FBI Photo B6
Agency: FBI
Incident date: Late 2025
Incident location: Western United States
Page 1
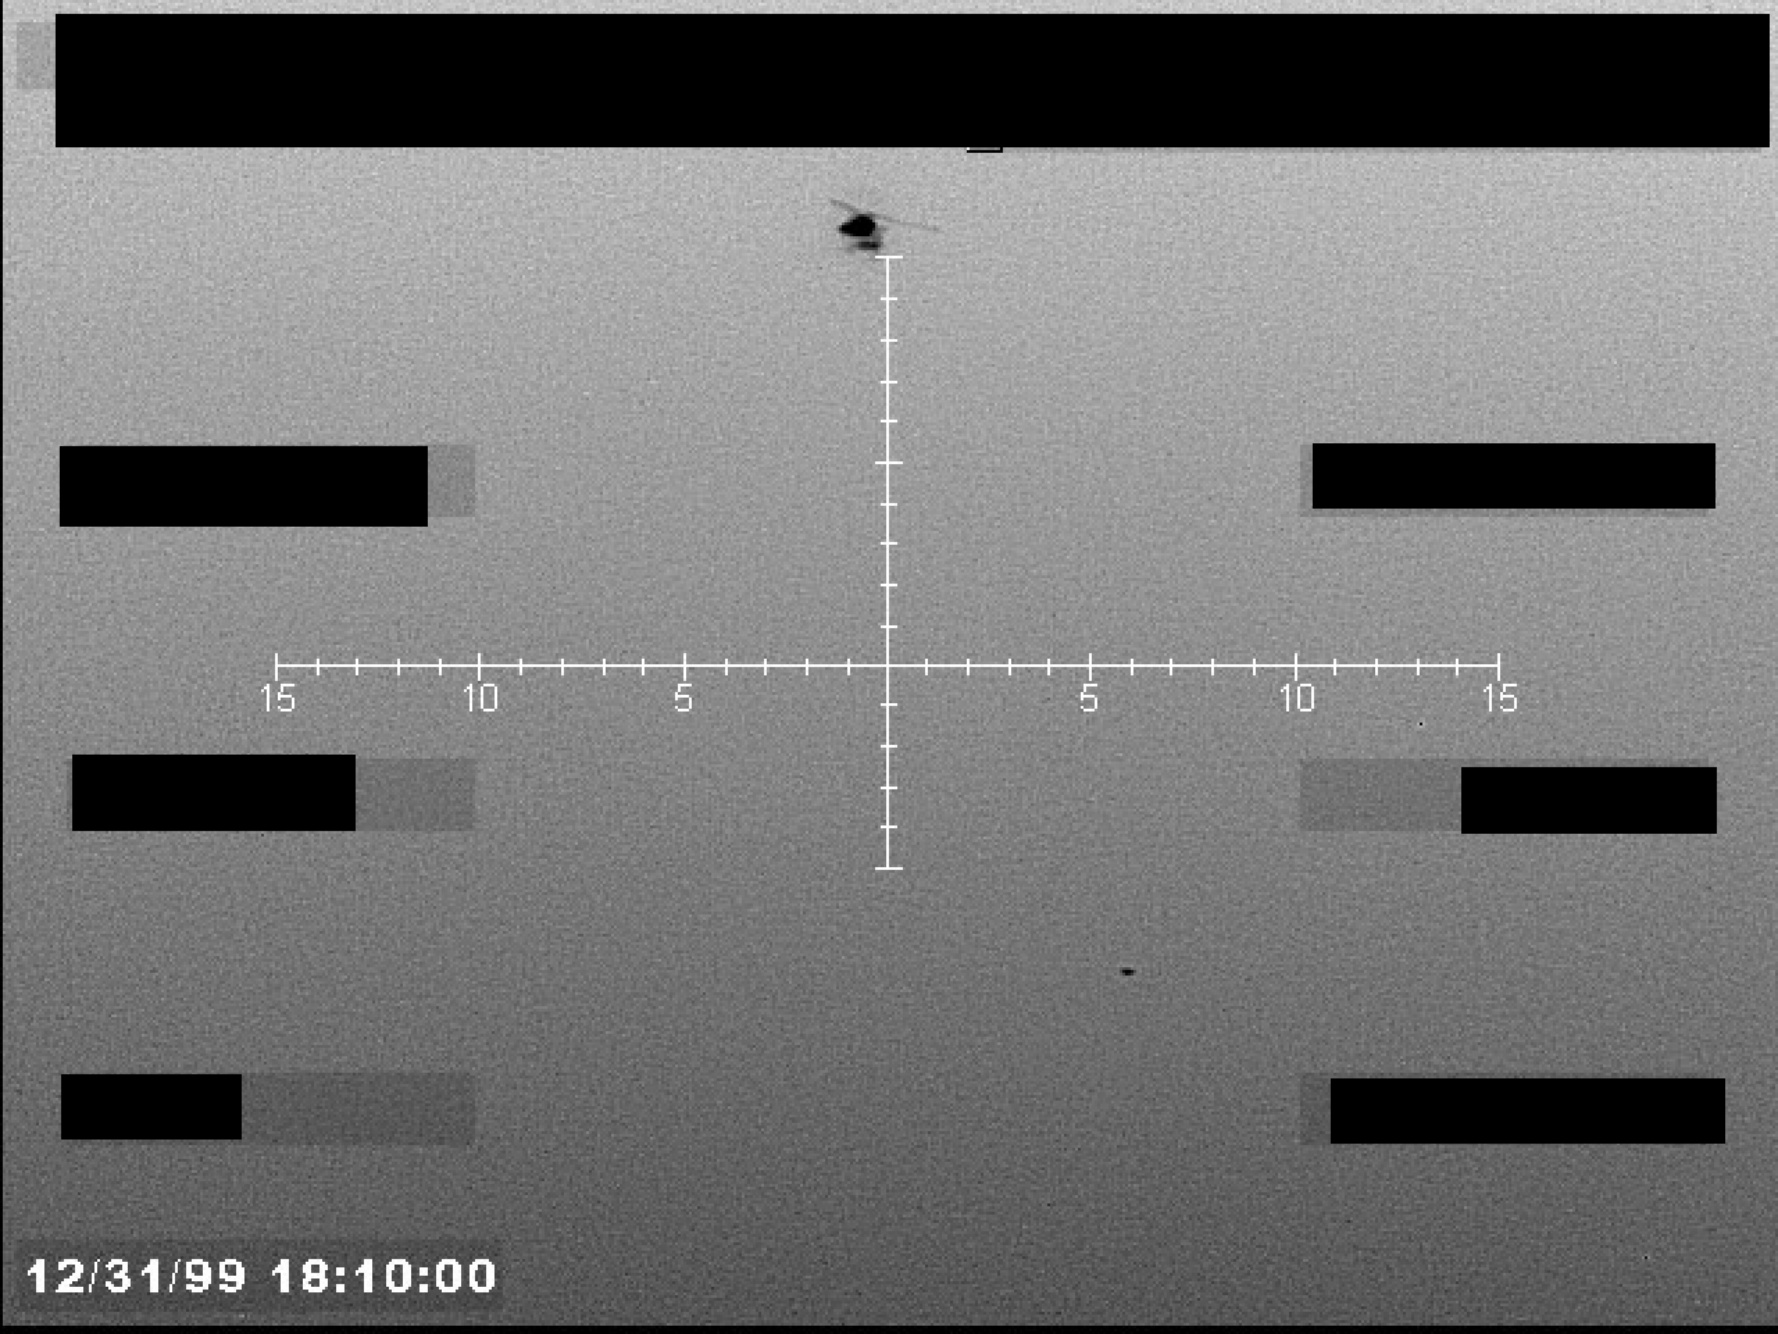